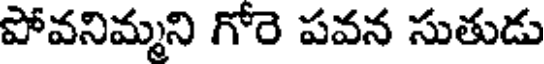
పోవనిమ్మని గోర పవన సుతుడు